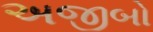
અજીબો